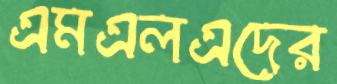
এমএলএদের